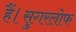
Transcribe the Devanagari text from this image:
हैं।सुगरलोफ